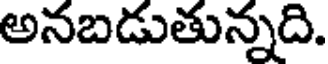
అనబడుతున్నది.